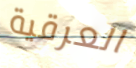
العرقية